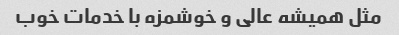
مثل همیشه عالی و خوشمزه با خدمات خوب